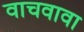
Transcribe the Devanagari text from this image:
वाचवावा